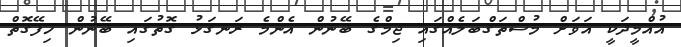
އުއްމީދަކީ އަވަށް މުސްތަގްބަލެއްގައި ޖިމްގެ ބޭނުން އެންމެ ރަނގަޅު ގޮތުގައި ބޭނުން ހިފޭގޮތް